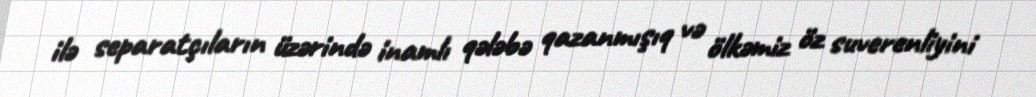
ilə separatçıların üzərində inamlı qələbə qazanmışıq və ölkəmiz öz suverenliyini